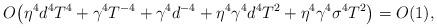
LaTeX: \begin{align*}O\big(\eta^4 d^4 T^4 +\gamma^4 T^{-4}+\gamma^4 d^{-4}+\eta^4 \gamma^4 d^4 T^2+\eta^4 \gamma^4 \sigma^4 T^2\big)=O(1),\end{align*}